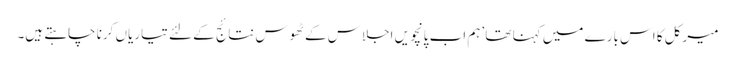
میرکل کا اس بارے میں کہنا تھا ’ہم اب پانچویں اجلاس کے ٹھوس نتائج کے لئے تیاریاں کرنا چاہتے ہیں۔